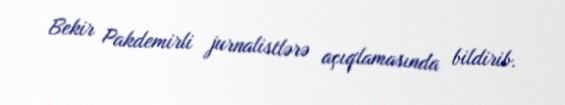
Bekir Pakdemirli jurnalistlərə açıqlamasında bildirib.